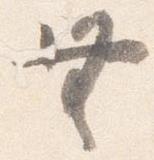
無